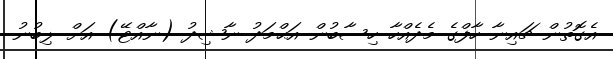
އެގޮތުން ޗައިނާ ހާފްގެ މެދެއްހާ ހިސާބުން އަޙްމަދު ނާޝިދު (ނާއްޓޭ) އަށް ލިބުނު